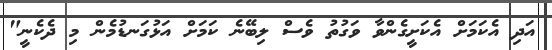
އަދި އެކަމަށް އެކަށީގެންވާ ވަގުތު ވެސް ލިބޭނެ ކަމަށް އަޅުގަނޑުމެން މި ދެކެނީ"